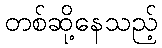
တစ်ဆို့နေသည့်